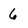
Character: 6